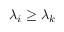
\lambda _ { i } \geq \lambda _ { k }